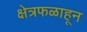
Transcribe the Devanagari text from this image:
क्षेत्रफळाहून